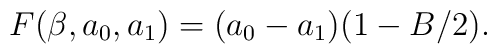
F(\beta, a_0, a_1)=(a_0-a_1)(1-B/2).